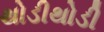
થોડીથોડી